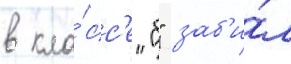
в кла́сс'е "б" заб'и́л